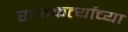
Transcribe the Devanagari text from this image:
राजकर्त्याच्या